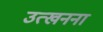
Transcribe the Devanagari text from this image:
उत्खनना